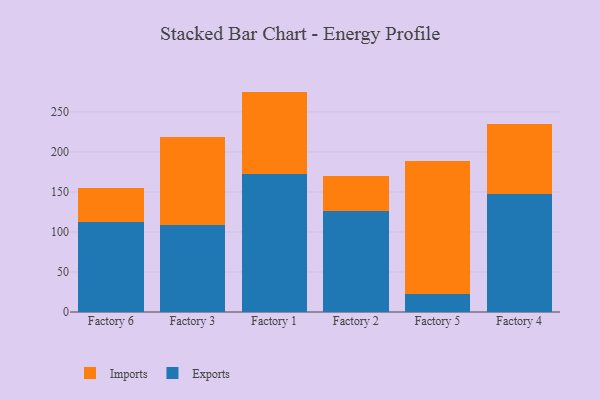
{"axis": {"x": "Factory", "y": "Shipments"}, "legend": ["Exports", "Imports"], "data": [{"x": "Factory 6", "y": 112.8, "type": "Exports"}, {"x": "Factory 6", "y": 42.1, "type": "Imports"}, {"x": "Factory 3", "y": 109.1, "type": "Exports"}, {"x": "Factory 3", "y": 109.0, "type": "Imports"}, {"x": "Factory 1", "y": 172.4, "type": "Exports"}, {"x": "Factory 1", "y": 103.0, "type": "Imports"}, {"x": "Factory 2", "y": 126.5, "type": "Exports"}, {"x": "Factory 2", "y": 43.0, "type": "Imports"}, {"x": "Factory 5", "y": 23.1, "type": "Exports"}, {"x": "Factory 5", "y": 165.5, "type": "Imports"}, {"x": "Factory 4", "y": 146.9, "type": "Exports"}, {"x": "Factory 4", "y": 88.5, "type": "Imports"}]}